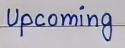
Upcoming